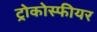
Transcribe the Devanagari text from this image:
ट्रोकोस्फीयर